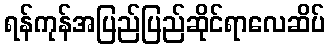
ရန်ကုန်အပြည်ပြည်ဆိုင်ရာလေဆိပ်